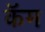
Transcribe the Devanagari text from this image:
कॅम